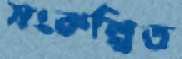
সংকল্পিত